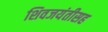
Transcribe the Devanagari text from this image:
शिवजयंतीसह